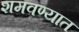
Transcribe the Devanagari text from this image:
शमवण्यात